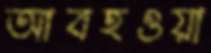
আবহওয়া